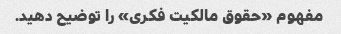
مفهوم «حقوق مالکیت فکری» را توضیح دهید.